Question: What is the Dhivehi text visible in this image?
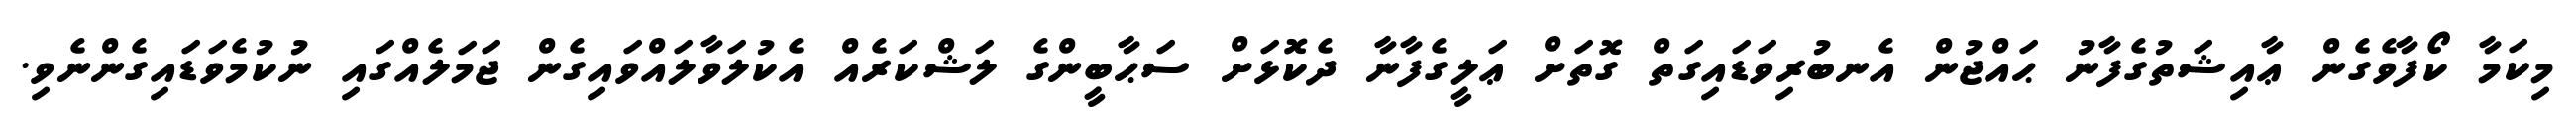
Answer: މިކަމާ ކޯފާވެގެން ޢާއިޝަތުގެފާނު ޙައްޖުން އެނބުރިވަޑައިގަތް ގޮތަށް ޢަލީގެފާނާ ދެކޮޅަށް ސަޙާބީންގެ ލަޝްކަރެއް އެކުލަވާލައްވައިގެން ޖަމަލެއްގައި ނުކުމެވަޑައިގެންނެވި.